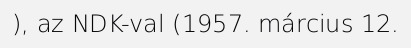
), az NDK-val (1957. március 12.